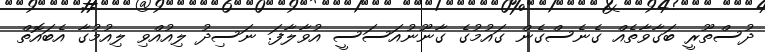
ދުސްތޫރީ ބަގާވާތެއް ގެނެސްގެން ގައުމުގެ ގާނޫނުއަސަސީ އުވާލާފަ. ނަސިދު ލިއުއްވި ލިއުމުގާ އެބައޮތް